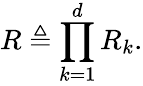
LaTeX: R\triangleq\prod_{k=1}^{d}R_{k}.